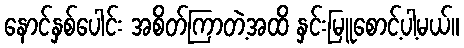
နောင်နှစ်ပေါင်း အစိတ်ကြာတဲ့အထိ နှင်းမြူစောင့်ပါ့မယ်။